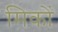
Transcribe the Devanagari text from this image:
मिकों